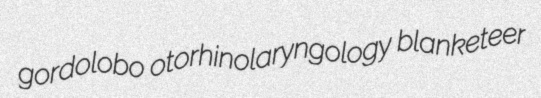
gordolobo otorhinolaryngology blanketeer